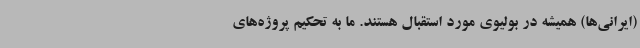
(ایرانی‌ها) همیشه در بولیوی مورد استقبال هستند. ما به تحکیم پروژه‌های